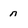
Character: n